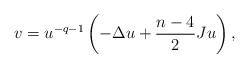
\begin{align*}v=u^{-q-1}\left( -\Delta u+\frac{n-4}{2}Ju\right) , \end{align*}